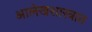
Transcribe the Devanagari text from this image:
आलेखशास्त्रात